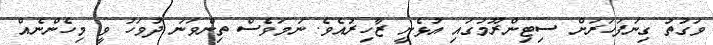
ވަގުތު ގިނަފަހަރަށް ސިޓިންރޫމުގައި އުޅެނީ ޒާހިރުއެވެ. ނަމަވެސް ތިންވަނަ ދުވަހު ވީ މިހެންނެއް